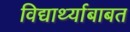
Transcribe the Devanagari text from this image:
विद्यार्थ्याबाबत